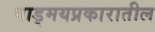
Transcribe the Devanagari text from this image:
वाड्मयप्रकारातील